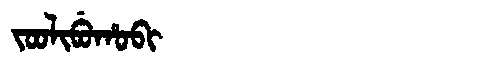
Manchu: ᠵᠣᠣᠯᡳᠪᡠᡥᠣᠪᡳ
Romanization: JOOLIBUHOBI